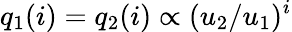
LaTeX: q_{1}(i)=q_{2}(i)\propto(u_{2}/u_{1})^{i}